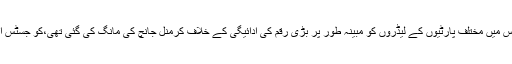
ایک این جی او کے ذریعہ داخل کی گئی اس عرضی جس میں مختلف پارٹیوں کے لیڈروں کو مبینہ طور پر بڑی رقم کی ادائیگی کے خلاف کرمنل جانچ کی مانگ کی گئی تھی،کو جسٹس امیتو رائے اور جسٹس ارون مشرا نے خارج کر دیا تھا۔